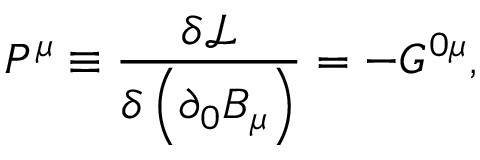
P ^ { \mu } \equiv \frac { \delta \mathcal { L } } { \delta \left( \partial _ { 0 } B _ { \mu } \right) } = - G ^ { 0 \mu } ,